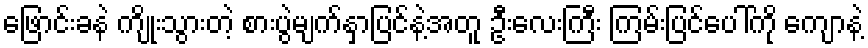
ဖြောင်းခနဲ ကျိုးသွားတဲ့ စားပွဲမျက်နှာပြင်နဲ့အတူ ဦးလေးကြီး ကြမ်းပြင်ပေါ်ကို ကျောနဲ့